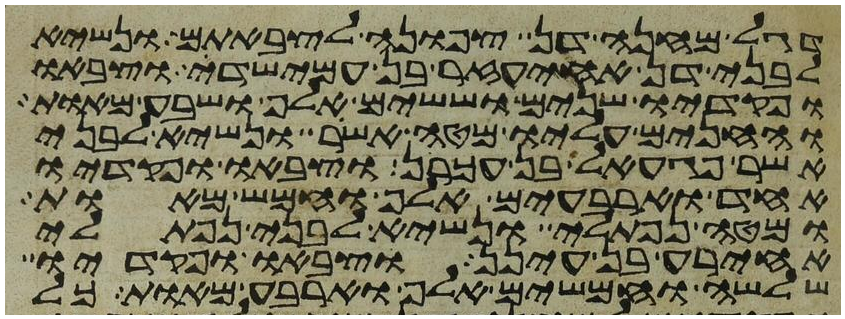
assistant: דגל מחנה דן צפונה לצבאתם ונשיא
לבני דן אחיעזר בן עמישדי וצבאו
ופקדיו שנים וששים אלף ושבע מאות
והחנים עליו מטה אשר ונשיא לבני
אשר פגעאל בן עכרן וצבאו ופקדיו
אחד וארבעים אלף וחמש מאות
ומטה נפתלי ונשיא לבני נפתלי
אחירע בן עינן וצבאו ופקדיו
שלשה וחמשים אלף וארבע מאות כל